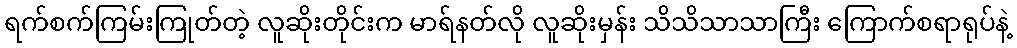
ရက်စက်ကြမ်းကြုတ်တဲ့ လူဆိုးတိုင်းက မာရ်နတ်လို လူဆိုးမှန်း သိသိသာသာကြီး ကြောက်စရာရုပ်နဲ့